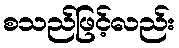
စသည်ဖြင့်လည်း